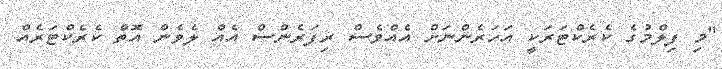
"މި ފިލްމުގެ ކެރެކްޓަރަކީ އަހަރެންނަށް އެއްވެސް ރިފަރެންސް އެއް ލެވެން އޮތް ކެރެކްޓަރެއް